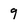
Character: 9